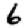
Digit: 6